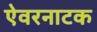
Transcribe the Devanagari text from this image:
ऐवरनाटक